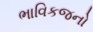
ભાવિકજનો